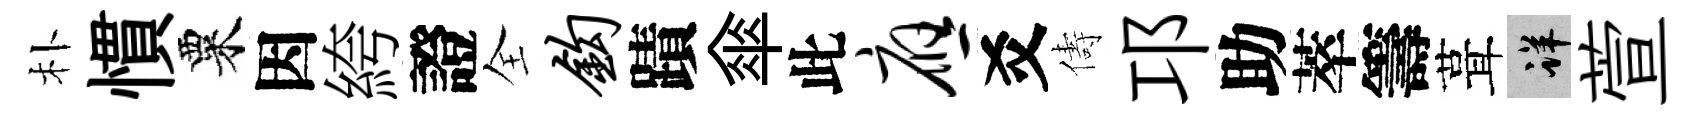
朴慣粟因絝證全钩蹟傘此应爻儔邛助萃籌葺详萱